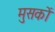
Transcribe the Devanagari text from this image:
मुसकों